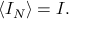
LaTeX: \langle { \cal I } _ { N } \rangle = { \cal I } .